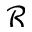
\mathcal { R }